Civil Veterinary Department. United Provinces 1932-42 - 1932-1942
Year: 1932
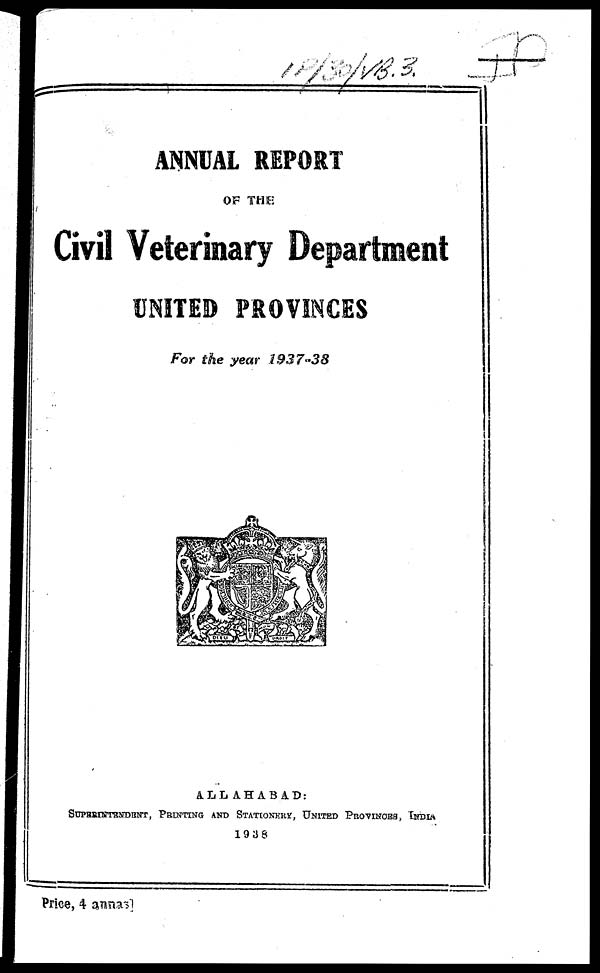
ANNUAL REPORT
OF THE
Civil Veterinary Department
UNITED PROVINCES
For the year 1937-38
ALLAHABAD.
SUPERINTENDENT, PRINTING AND STATIONERY, UNITED PROVINOES, INDIA
1938
Price, 4 annas]